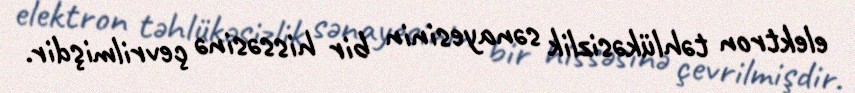
elektron təhlükəsizlik sənayesinin bir hissəsinə çevrilmişdir.